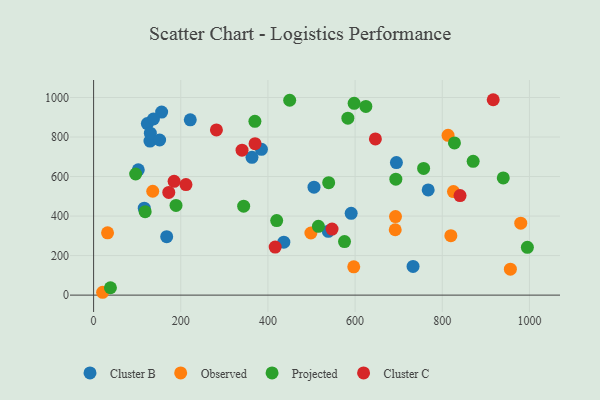
{"axis": {"x": "Distance", "y": "Yield"}, "legend": ["Cluster B", "Cluster C", "Observed", "Projected"], "data": [{"x": "538.5", "y": 322.9, "type": "Cluster B"}, {"x": "167.7", "y": 295.7, "type": "Cluster B"}, {"x": "505.7", "y": 546.0, "type": "Cluster B"}, {"x": "767.7", "y": 532.4, "type": "Cluster B"}, {"x": "385.1", "y": 737.5, "type": "Cluster B"}, {"x": "436.5", "y": 268.1, "type": "Cluster B"}, {"x": "129.3", "y": 779.5, "type": "Cluster B"}, {"x": "694.8", "y": 670.6, "type": "Cluster B"}, {"x": "116.2", "y": 439.9, "type": "Cluster B"}, {"x": "591.0", "y": 413.7, "type": "Cluster B"}, {"x": "363.4", "y": 697.4, "type": "Cluster B"}, {"x": "733.0", "y": 145.4, "type": "Cluster B"}, {"x": "156.1", "y": 926.4, "type": "Cluster B"}, {"x": "221.8", "y": 886.9, "type": "Cluster B"}, {"x": "123.3", "y": 868.0, "type": "Cluster B"}, {"x": "137.3", "y": 891.1, "type": "Cluster B"}, {"x": "130.2", "y": 819.4, "type": "Cluster B"}, {"x": "151.5", "y": 784.9, "type": "Cluster B"}, {"x": "102.5", "y": 633.8, "type": "Cluster B"}, {"x": "956.3", "y": 131.4, "type": "Observed"}, {"x": "135.7", "y": 525.6, "type": "Observed"}, {"x": "498.6", "y": 314.3, "type": "Observed"}, {"x": "20.7", "y": 14.4, "type": "Observed"}, {"x": "32.0", "y": 315.1, "type": "Observed"}, {"x": "692.7", "y": 397.3, "type": "Observed"}, {"x": "980.1", "y": 364.1, "type": "Observed"}, {"x": "596.9", "y": 143.3, "type": "Observed"}, {"x": "819.7", "y": 301.0, "type": "Observed"}, {"x": "825.7", "y": 524.1, "type": "Observed"}, {"x": "692.1", "y": 330.9, "type": "Observed"}, {"x": "813.3", "y": 808.4, "type": "Observed"}, {"x": "118.3", "y": 422.0, "type": "Projected"}, {"x": "38.6", "y": 37.2, "type": "Projected"}, {"x": "693.5", "y": 586.7, "type": "Projected"}, {"x": "870.9", "y": 677.1, "type": "Projected"}, {"x": "344.3", "y": 449.9, "type": "Projected"}, {"x": "515.8", "y": 347.9, "type": "Projected"}, {"x": "449.9", "y": 986.1, "type": "Projected"}, {"x": "96.5", "y": 612.9, "type": "Projected"}, {"x": "597.8", "y": 970.7, "type": "Projected"}, {"x": "828.0", "y": 770.2, "type": "Projected"}, {"x": "583.4", "y": 895.4, "type": "Projected"}, {"x": "189.1", "y": 453.8, "type": "Projected"}, {"x": "757.2", "y": 641.2, "type": "Projected"}, {"x": "539.4", "y": 569.2, "type": "Projected"}, {"x": "420.1", "y": 377.2, "type": "Projected"}, {"x": "995.3", "y": 241.9, "type": "Projected"}, {"x": "940.0", "y": 593.2, "type": "Projected"}, {"x": "370.1", "y": 879.3, "type": "Projected"}, {"x": "575.7", "y": 270.7, "type": "Projected"}, {"x": "624.7", "y": 954.6, "type": "Projected"}, {"x": "211.9", "y": 559.2, "type": "Cluster C"}, {"x": "370.5", "y": 766.3, "type": "Cluster C"}, {"x": "547.1", "y": 334.3, "type": "Cluster C"}, {"x": "340.6", "y": 733.2, "type": "Cluster C"}, {"x": "840.8", "y": 503.9, "type": "Cluster C"}, {"x": "416.6", "y": 243.0, "type": "Cluster C"}, {"x": "184.7", "y": 575.6, "type": "Cluster C"}, {"x": "172.5", "y": 519.4, "type": "Cluster C"}, {"x": "916.9", "y": 988.7, "type": "Cluster C"}, {"x": "281.8", "y": 835.7, "type": "Cluster C"}, {"x": "646.6", "y": 790.2, "type": "Cluster C"}]}